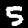
Digit: 5